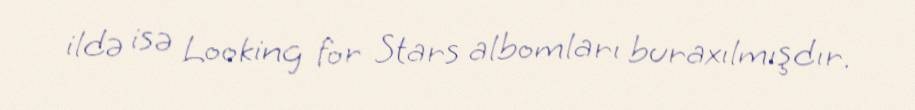
ildə isə Looking for Stars albomları buraxılmışdır.